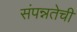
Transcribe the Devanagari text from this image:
संपन्नतेची